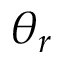
\theta _ { r }